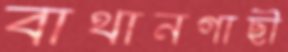
বাথানগাছী